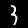
Label: 3